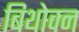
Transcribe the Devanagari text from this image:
बिथोवन